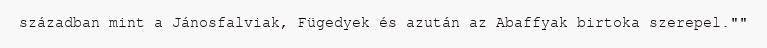
században mint a Jánosfalviak, Fügedyek és azután az Abaffyak birtoka szerepel.""